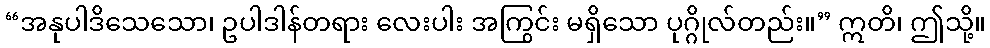
“အနုပါဒိသေသော၊ ဥပါဒါန်တရား လေးပါး အကြွင်း မရှိသော ပုဂ္ဂိုလ်တည်း။” ဣတိ၊ ဤသို့။